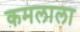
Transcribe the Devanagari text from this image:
कमलाला